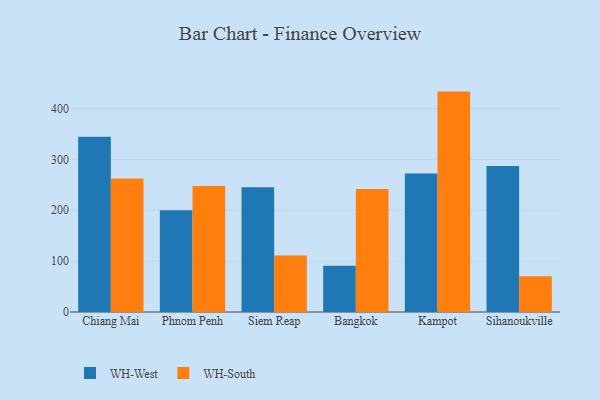
{"axis": {"x": "City", "y": "Satisfaction Score"}, "legend": ["WH-South", "WH-West"], "data": [{"x": "Chiang Mai", "y": 344.7, "type": "WH-West"}, {"x": "Chiang Mai", "y": 262.6, "type": "WH-South"}, {"x": "Phnom Penh", "y": 199.8, "type": "WH-West"}, {"x": "Phnom Penh", "y": 247.9, "type": "WH-South"}, {"x": "Siem Reap", "y": 245.1, "type": "WH-West"}, {"x": "Siem Reap", "y": 110.9, "type": "WH-South"}, {"x": "Bangkok", "y": 90.7, "type": "WH-West"}, {"x": "Bangkok", "y": 241.9, "type": "WH-South"}, {"x": "Kampot", "y": 272.3, "type": "WH-West"}, {"x": "Kampot", "y": 433.3, "type": "WH-South"}, {"x": "Sihanoukville", "y": 287.1, "type": "WH-West"}, {"x": "Sihanoukville", "y": 70.5, "type": "WH-South"}]}